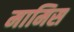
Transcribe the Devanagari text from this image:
मामिस